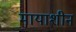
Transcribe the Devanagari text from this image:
मायाशीन